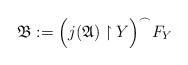
LaTeX: \begin{align*}\mathfrak{B}:= \Big( j(\mathfrak{A}) \restriction Y\Big)^\frown F_Y\end{align*}